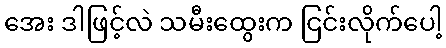
အေး ဒါဖြင့်လဲ သမီးထွေးက ငြင်းလိုက်ပေါ့